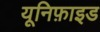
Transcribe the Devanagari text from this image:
यूनिफ़ाइड